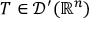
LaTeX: T \in { \mathcal { D } } ^ { \prime } ( \mathbb { R } ^ { n } )